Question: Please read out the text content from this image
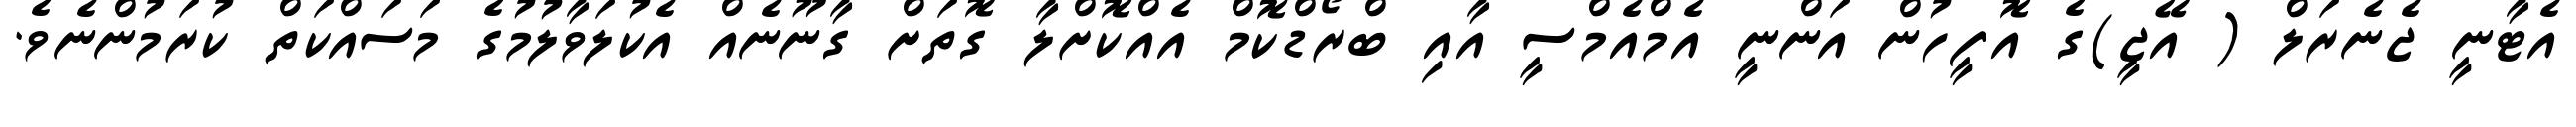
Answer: އެޓާނީ ޖެނެރަލް ( އޭޖީ)ގެ އޮފީހުން އަންނީ އެމްއެމްސީ އާއި ބްރޯޑްކޮމް އެއްކޮށްލާ ގޮތަށް ގާނޫނެއް އެކުލަވާލުމުގެ މަސައްކަތް ކުރަމުންނެވެ.